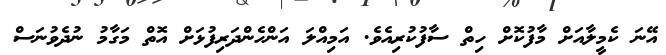
އޭނަ ކެމީލާއަށް މާފުކޮށް ހިތް ސާފުކުރިއެވެ. އަމިއްލަ އަންހެންދަރިފުޅަށް އޮތް މަގާމު ނުދެވުނަސް